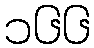
၁၆၆